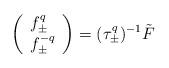
LaTeX: \begin{align*}\left( \begin{array}{l}f^{q}_\pm \\ f^{-q}_\pm\end{array}\right)= ( \tau^q_\pm )^{-1} \tilde{F} \end{align*}